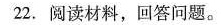
22.阅读材料，回答问题。